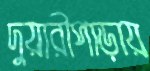
দুয়ারীপাড়ায়